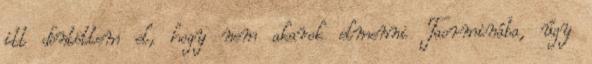
itt döntöttem el, hogy nem akarok elmenni Taorminába, úgy